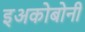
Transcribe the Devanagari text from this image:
इअकोबोनी